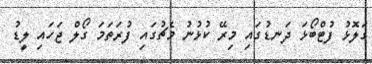
ގަލޮޅު ފުޓްބޯޅަ ދަނޑުގައި މިރޭ ކުޅުނު މެޗުގައި ފުރަތަމަ ގޯލް ޖަހައި ލީޑު